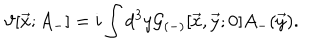
\vartheta [ { \vec { x } } ; A _ { - } ] = i \int d ^ { 3 } y { \cal G } _ { ( - ) } [ \vec { x } , \vec { y } ; 0 ] A _ { - } ( \vec { y } ) .